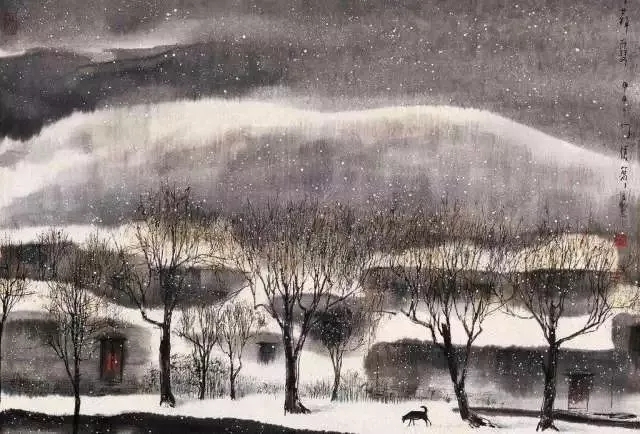
渺万里层云，千山暮雪，只影向谁去？